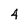
Character: 4